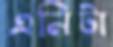
এনিটা